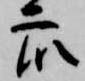
衆